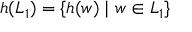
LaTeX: h ( L _ { 1 } ) = \{ h ( w ) \mid w \in L _ { 1 } \}